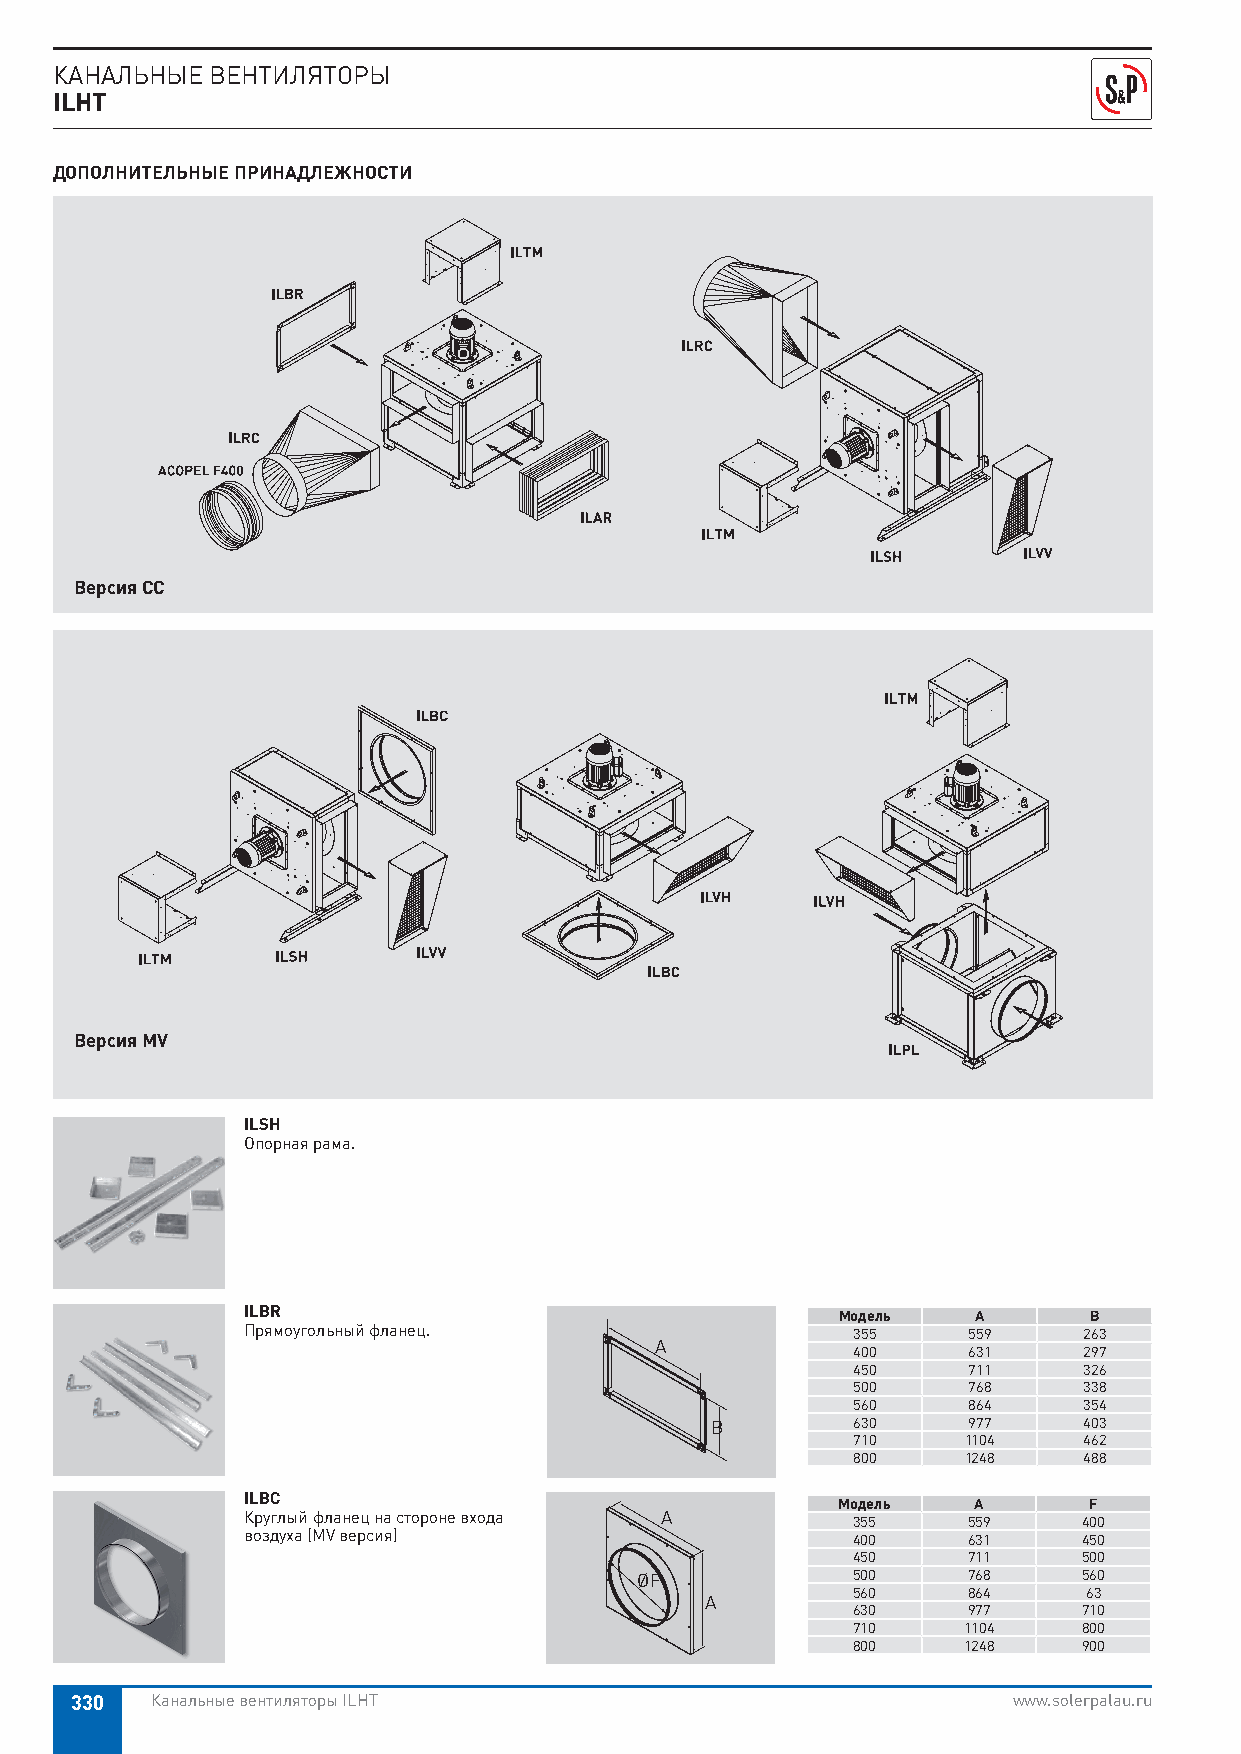
КАНАЛЬНЫЕ ВЕНТИЛЯТОРЫ
 ILHT
 ДОПОЛНИТЕЛЬНЫЕ ПРИНАДЛЕЖНОСТИ
 Версия CC
 Версия MV
 ILSH
 Опорная рама.
 ILBR                                   Модель    A      B
 Прямоугольный фланец.                   355     559     263
 A
 400     631     297
 450     711     326
 500     768     338
 560     864     354
 B        630     977     403
 710     1104    462
 800     1248    488
 ILBC
 Модель   A       F
 Круглый фланец на стороне входа A       355     559     400
 воздуха (MV версия)                     400     631     450
 450     711     500
 ØF            500     768     560
 560     864     63
 A
 630     977     710
 710     1104    800
 800     1248    900
 330  Канальные вентиляторы ILHT                               www.solerpalau.ru